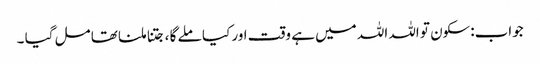
جواب:سکون تو اللہ اللہ میں ہے وقت اور کیا ملے گا ،جتنا ملنا تھا مل گیا ۔